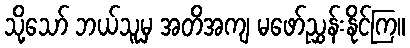
သို့သော် ဘယ်သူမှ အတိအကျ မဖော်ညွှန်းနိုင်ကြ။